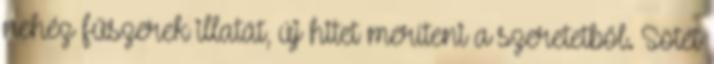
nehéz fűszerek illatát, új hitet meríteni a szeretetből. Sötét